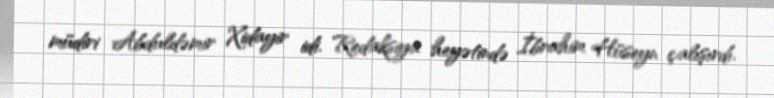
müdiri Abduldəmir Xidayir idi. Redaksiya heyətində İbrahim Hüseyn çalışırdı.